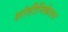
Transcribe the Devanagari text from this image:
शांतीनिकेतन